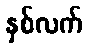
နှစ်လက်